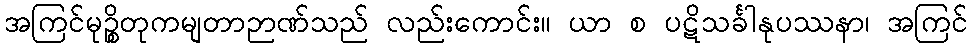
အကြင်မုဉ္စိတုကမျတာဉာဏ်သည် လည်းကောင်း။ ယာ စ ပဋိသင်္ခါနုပဿနာ၊ အကြင်